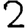
Digit: 2